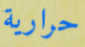
حرارية